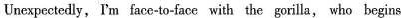
Unexpectedly,I'm face-to-face with the gorilla, who begins